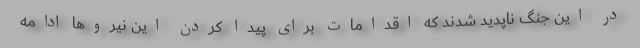
در این جنگ ناپدید شدند که اقدامات برای پیدا کردن این نیروها ادامه